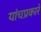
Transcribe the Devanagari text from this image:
यांचप्रकारे